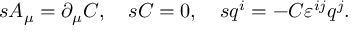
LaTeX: s A _ { \mu } = \partial _ { \mu } C , \quad s C = 0 , \quad s q ^ { i } = - C \varepsilon ^ { i j } q ^ { j } .